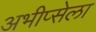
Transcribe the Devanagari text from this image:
अभीप्सेला